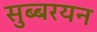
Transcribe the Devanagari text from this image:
सुब्बरयन